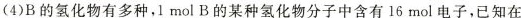
(4)B的氢化物有多种，1mol B的某种氢化物分子中含有16mol电子，已知在